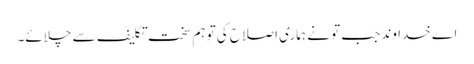
اے خدا وند جب تو نے ہماری اصلاح کی تو ہم سخت تکلیف سے چلائے۔